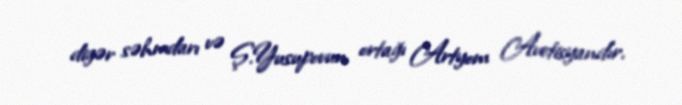
digər səhmdarı və Ş.Yusupovun ortağı Artyom Avetisyandır.